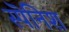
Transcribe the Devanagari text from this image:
स्पॆनिश